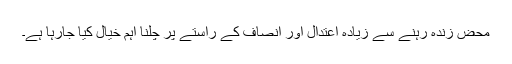
محض زندہ رہنے سے زیادہ اعتدال اور انصاف کے راستے پر چلنا اہم خیال کیا جارہا ہے۔